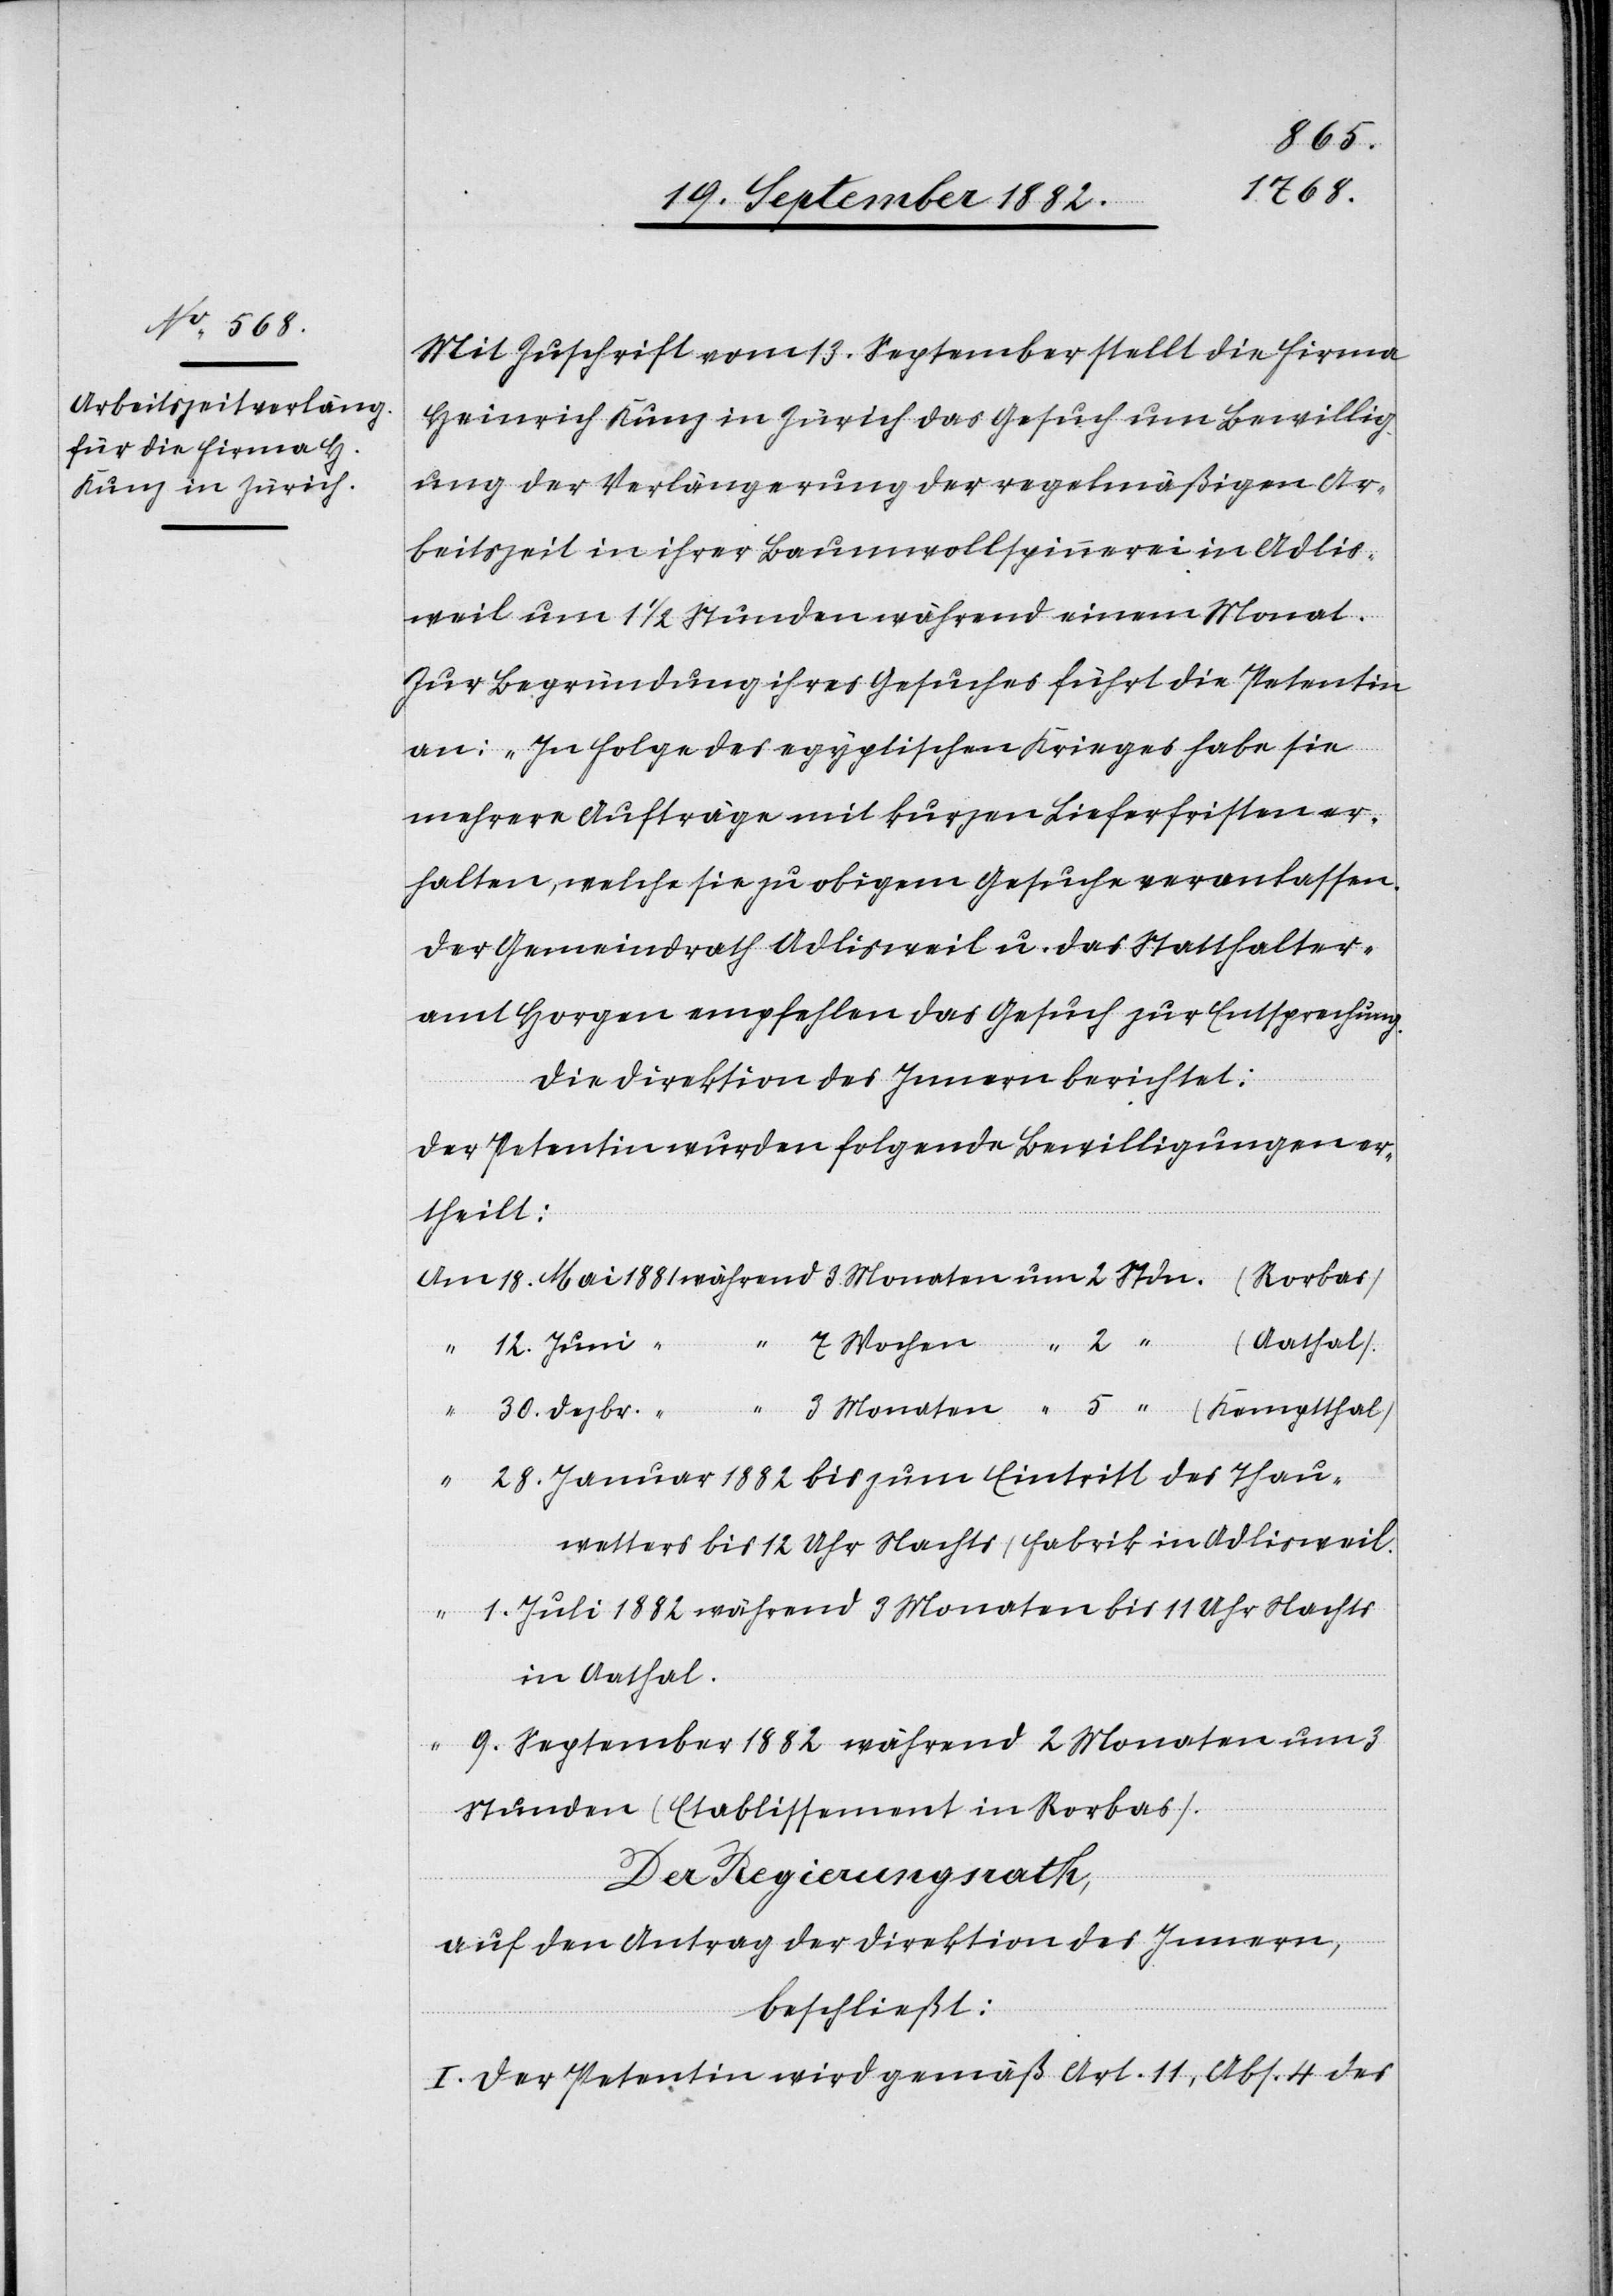
18.
1881
Mit Zuschrift vom 13. September stellt die Firma
Heinrich Kunz in Zürich das Gesuch um Bewillig¬
ung der Verlängerung der regelmäßigen Ar¬
beitszeit in ihrer Baumwollspinnerei in Adlis¬
weil um 1 1/2 Stunden während einem Monat.
Zur Begründung ihres Gesuches führt die Petentin
an: „In Folge des egyptischen Krieges habe sie
mehrere Aufträge mit kurzen Lieferfristen er¬
halten, welche sie zu obigem Gesuche veranlassen.
Der Gemeindrath Adlisweil u. das Statthalter¬
amt Horgen empfehlen das Gesuch zur Entsprechung.“
Die Direktion des Innern berichtet:
Der Petentin wurden folgende Bewilligungen er¬
theilt:
(Aathal).
12. Juni
um
ten
39. Dezbr.
28. Januar 1882 bis zum Eintritt des Thau¬
wetters bis 12 Uhr Nachts (Fabrik in Adlisweil)
1. Juli 1882 während 3 Monaten bis 11 Uhr Nachts
Wochen
in Aathal.
9. September 1882 während 2 Monaten um 3
Stunden (Etablissement in Rorbas).
Der Regierungsrath,
auf den Antrag der Direktion des Innern,
beschließt:
I. Der Petentin wird gemäß Art. 11, Abs. 4 des